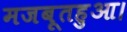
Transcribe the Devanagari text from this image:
मजबूतहुआ।